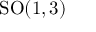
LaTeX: \mathrm { S O } ( 1 , 3 )